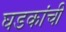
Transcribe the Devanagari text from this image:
घडकांची